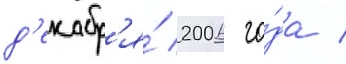
д'екабр'я́ 2006 го́да /